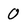
Character: 0